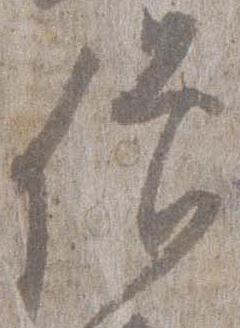
僧